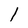
Character: 1